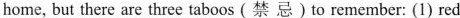
home, but there are three taboos (禁 忌)to remember: (1) red